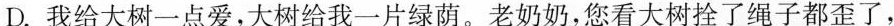
D.我给大树一点爱，大树给我一片绿荫。老奶奶，您看大树拴了绳子都歪了，